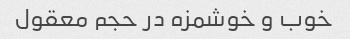
خوب و خوشمزه در حجم معقول